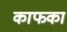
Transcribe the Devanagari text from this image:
काफका